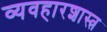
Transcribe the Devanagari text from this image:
व्यवहारशास्त्र